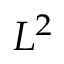
{ { L } ^ { 2 } }